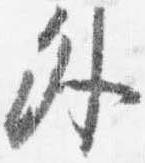
外